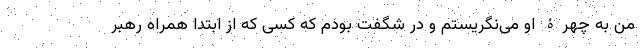
من به چهرۀ او می‌نگریستم و در شگفت بودم که کسی که از ابتدا همراه رهبر